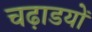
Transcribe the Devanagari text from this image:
चढ़ाडयों